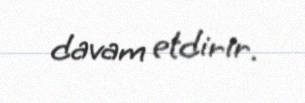
davam etdirir.